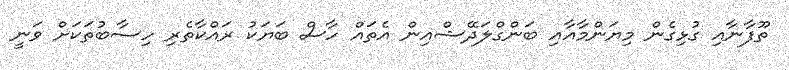
ތޫފާނާއި ގުޅިގެން މިޔަންމާއާއި ބަންގްލަދޭޝްއިން އެތައް ހާސް ބަޔަކު ރައްކާތެރި ހިސާބުތަކަށް ވަނީ